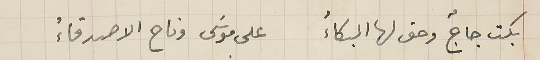
بكت جاجٌ وحق لها البكاءُ على موسَى وناح الاصدقاءُ